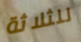
للثلاثة